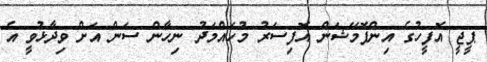
ޕީޖީ އޮފީހުގެ އިންފޮމޭޝަން އޮފިސަރު މުހައްމަދު ނިހާން ސަން އަށް ވިދާޅުވީ އެ